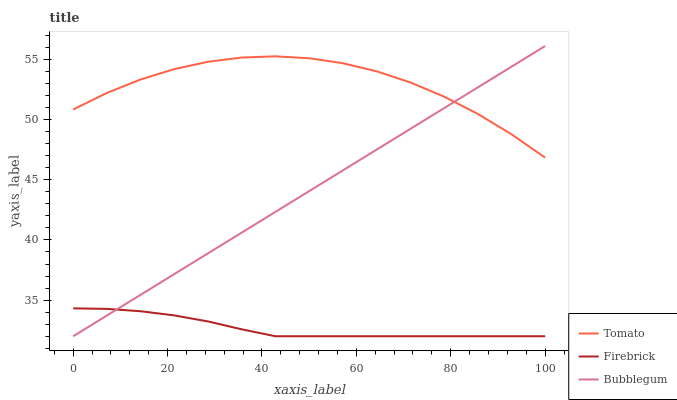
| xaxis_label | Tomato | Firebrick | Bubblegum |
 | --- | --- | --- | --- |
 | 0 | 50.8 | 34.3 | 32 |
 | 7.14 | 52.2 | 34.3 | 33.7 |
 | 14.3 | 53.3 | 34.1 | 35.4 |
 | 21.4 | 54.2 | 33.7 | 37.2 |
 | 28.6 | 54.8 | 33.2 | 38.9 |
 | 35.7 | 55.2 | 32.6 | 40.6 |
 | 42.9 | 55.3 | 32 | 42.3 |
 | 50 | 55.1 | 32 | 44.1 |
 | 57.1 | 54.7 | 32 | 45.8 |
 | 64.3 | 54 | 32 | 47.5 |
 | 71.4 | 53.1 | 32 | 49.2 |
 | 78.6 | 51.9 | 32 | 50.9 |
 | 85.7 | 50.5 | 32 | 52.7 |
 | 92.9 | 48.8 | 32 | 54.4 |
 | 100 | 46.8 | 32 | 56.1 |